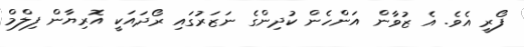
ފޯރީ އެވެ. އެ ޒުވާން އަންހެން ކުދިންގެ ނަޒަރުގައި ރޯދައަކީ އޮރިޔާން ފިލްމް